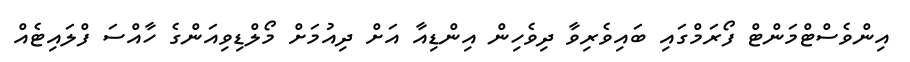
އިންވެސްޓްމަންޓް ފޯރަމްގައި ބައިވެރިވާ ދިވެހިން އިންޑިއާ އަށް ދިއުމަށް މޯލްޑިވިއަންގެ ހާއްސަ ފްލައިޓެއް